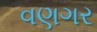
વણગર